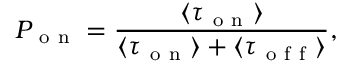
P _ { \mathrm { ~ o ~ n ~ } } = \frac { \langle \tau _ { \mathrm { ~ o ~ n ~ } } \rangle } { \langle \tau _ { \mathrm { ~ o ~ n ~ } } \rangle + \langle \tau _ { \mathrm { ~ o ~ f ~ f ~ } } \rangle } ,